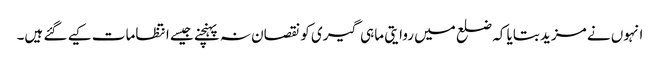
انہوں نے مزید بتایا کہ ضلع میں روایتی ماہی گیری کو نقصان نہ پہنچنے جیسے انتظامات کیے گئے ہیں۔